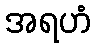
အရဟံ